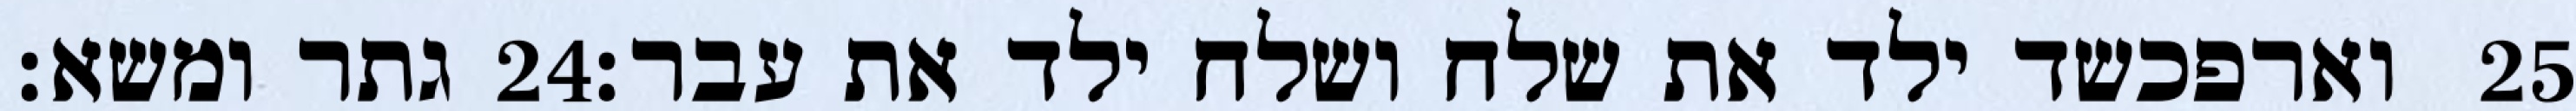
גתר ומשא׃ ‎24‏ וארפכשד ילד את שלח ושלח ילד את עבר׃ ‎25‏